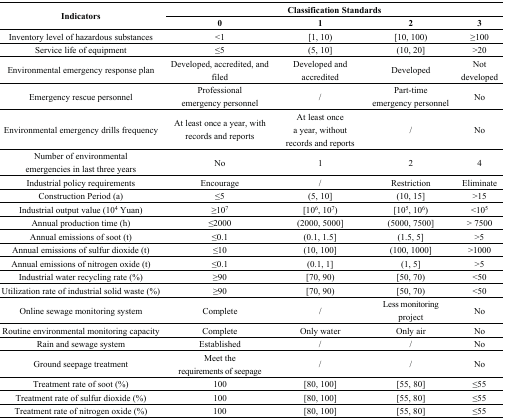
<table><thead><tr><td rowspan="2"><b>Indicators</b></td><td colspan="4"><b>Classification Standards</b></td></tr><tr><td><b>0</b></td><td><b>1</b></td><td><b>2</b></td><td><b>3</b></td></tr></thead><tbody><tr><td>Inventory level of hazardous substances</td><td>&lt;1</td><td>[1, 10)</td><td>[10, 100)</td><td>≥100</td></tr><tr><td>Service life of equipment</td><td>≤5</td><td>(5, 10]</td><td>(10, 20]</td><td>&gt;20</td></tr><tr><td>Environmental emergency response plan</td><td>Developed, accredited, and filed</td><td>Developed and accredited</td><td>Developed</td><td>Not developed</td></tr><tr><td>Emergency rescue personnel</td><td>Professional emergency personnel</td><td>/</td><td>Part-time emergency personnel</td><td>No</td></tr><tr><td>Environmental emergency drills frequency</td><td>At least once a year, with records and reports</td><td>At least once a year, without records and reports</td><td>/</td><td>No</td></tr><tr><td>Number of environmental emergencies in last three years</td><td>No</td><td>1</td><td>2</td><td>4</td></tr><tr><td>Industrial policy requirements</td><td>Encourage</td><td>/</td><td>Restriction</td><td>Eliminate</td></tr><tr><td>Construction Period (a)</td><td>≤5</td><td>(5, 10]</td><td>(10, 15]</td><td>&gt;15</td></tr><tr><td>Industrial output value (10<sup>4</sup> Yuan)</td><td>≥10<sup>7</sup></td><td>[10<sup>6</sup>, 10<sup>7</sup>)</td><td>[10<sup>5</sup>, 10<sup>6</sup>)</td><td>&lt;10<sup>5</sup></td></tr><tr><td>Annual production time (h)</td><td>≤2000</td><td>(2000, 5000]</td><td>(5000, 7500]</td><td>&gt; 7500</td></tr><tr><td>Annual emissions of soot (t)</td><td>≤0.1</td><td>(0.1, 1.5]</td><td>(1.5, 5]</td><td>&gt;5</td></tr><tr><td>Annual emissions of sulfur dioxide (t)</td><td>≤10</td><td>(10, 100]</td><td>(100, 1000]</td><td>&gt;1000</td></tr><tr><td>Annual emissions of nitrogen oxide (t)</td><td>≤0.1</td><td>(0.1, 1]</td><td>(1, 5]</td><td>&gt;5</td></tr><tr><td>Industrial water recycling rate (%)</td><td>≥90</td><td>[70, 90)</td><td>[50, 70)</td><td>&lt;50</td></tr><tr><td>Utilization rate of industrial solid waste (%)</td><td>≥90</td><td>[70, 90)</td><td>[50, 70)</td><td>&lt;50</td></tr><tr><td>Online sewage monitoring system</td><td>Complete</td><td>/</td><td>Less monitoring project</td><td>No</td></tr><tr><td>Routine environmental monitoring capacity</td><td>Complete</td><td>Only water</td><td>Only air</td><td>No</td></tr><tr><td>Rain and sewage system</td><td>Established</td><td>/</td><td>/</td><td>No</td></tr><tr><td>Ground seepage treatment</td><td>Meet the requirements of seepage</td><td>/</td><td>/</td><td>No</td></tr><tr><td>Treatment rate of soot (%)</td><td>100</td><td>[80, 100]</td><td>[55, 80]</td><td>≤55</td></tr><tr><td>Treatment rate of sulfur dioxide (%)</td><td>100</td><td>[80, 100]</td><td>[55, 80]</td><td>≤55</td></tr><tr><td>Treatment rate of nitrogen oxide (%) </td><td>100</td><td>[80, 100]</td><td>[80, 100]</td><td>≤55</td></tr></tbody></table>